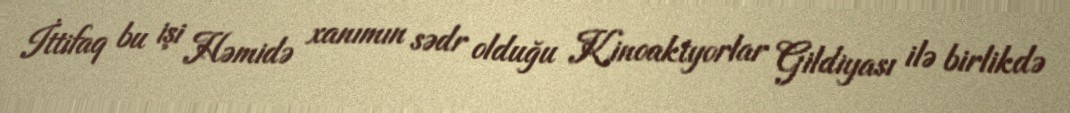
İttifaq bu işi Həmidə xanımın sədr olduğu Kinoaktyorlar Gildiyası ilə birlikdə